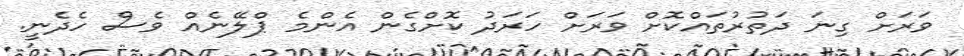
ވަރަށް ގިނަ ދަތުރުތައްކޮށް ވަރަށް ހަރަދު ކޮށްގެން އެންމެ ޕްލޭނެއް ވެސް ހެދެނީ.